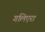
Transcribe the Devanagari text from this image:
गलिएरा